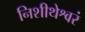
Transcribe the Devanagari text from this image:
निशीथेश्वरं